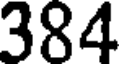
384